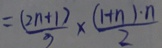
= \frac { ( 2 n + 1 ) } { 3 } \times \frac { ( 1 + n ) \cdot n } { 2 }